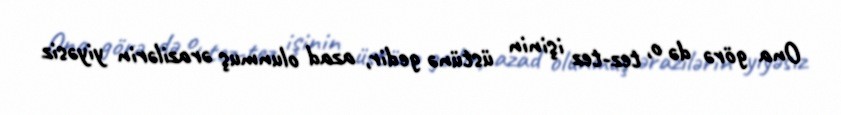
Ona görə də o, tez-tez işinin üstünə gedir, azad olunmuş ərazilərin yiyəsiz